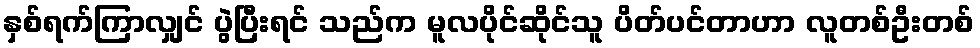
နှစ်ရက်ကြာလျှင် ပွဲပြီးရင် သည်က မူလပိုင်ဆိုင်သူ ပိတ်ပင်တာဟာ လူတစ်ဦးတစ်